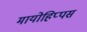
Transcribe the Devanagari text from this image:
मायोहिप्पस